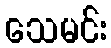
သေမင်း